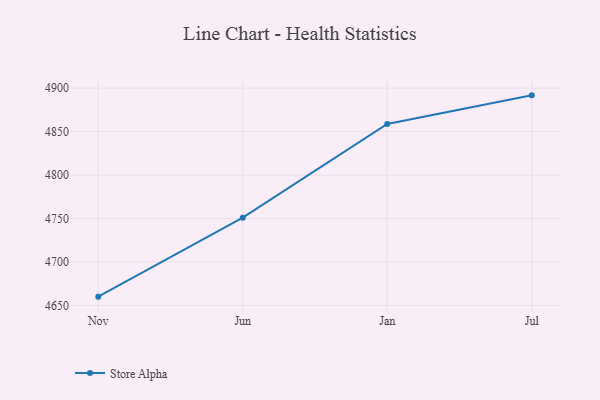
{"axis": {"x": "Month", "y": "Tickets Resolved"}, "legend": ["Store Alpha"], "data": [{"x": "Nov", "y": 4660.1, "type": "Store Alpha"}, {"x": "Jun", "y": 4751.0, "type": "Store Alpha"}, {"x": "Jan", "y": 4858.8, "type": "Store Alpha"}, {"x": "Jul", "y": 4891.7, "type": "Store Alpha"}]}